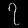
Digit: ၇